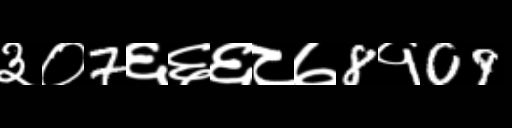
Text: ३०7६६६८७8१09